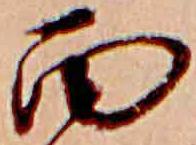
面